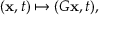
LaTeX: ( \mathbf { x } , t ) \mapsto ( G \mathbf { x } , t ) ,